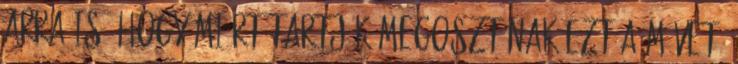
arra is, hogy miért tartják megosztónak ezt a művet.